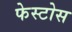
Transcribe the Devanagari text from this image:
फेस्टोस